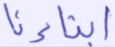
أبناءنا